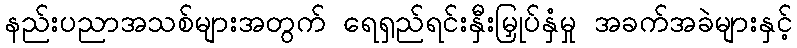
နည်းပညာအသစ်များအတွက် ရေရှည်ရင်းနှီးမြှုပ်နှံမှု အခက်အခဲများနှင့်